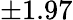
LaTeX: \pm 1.97